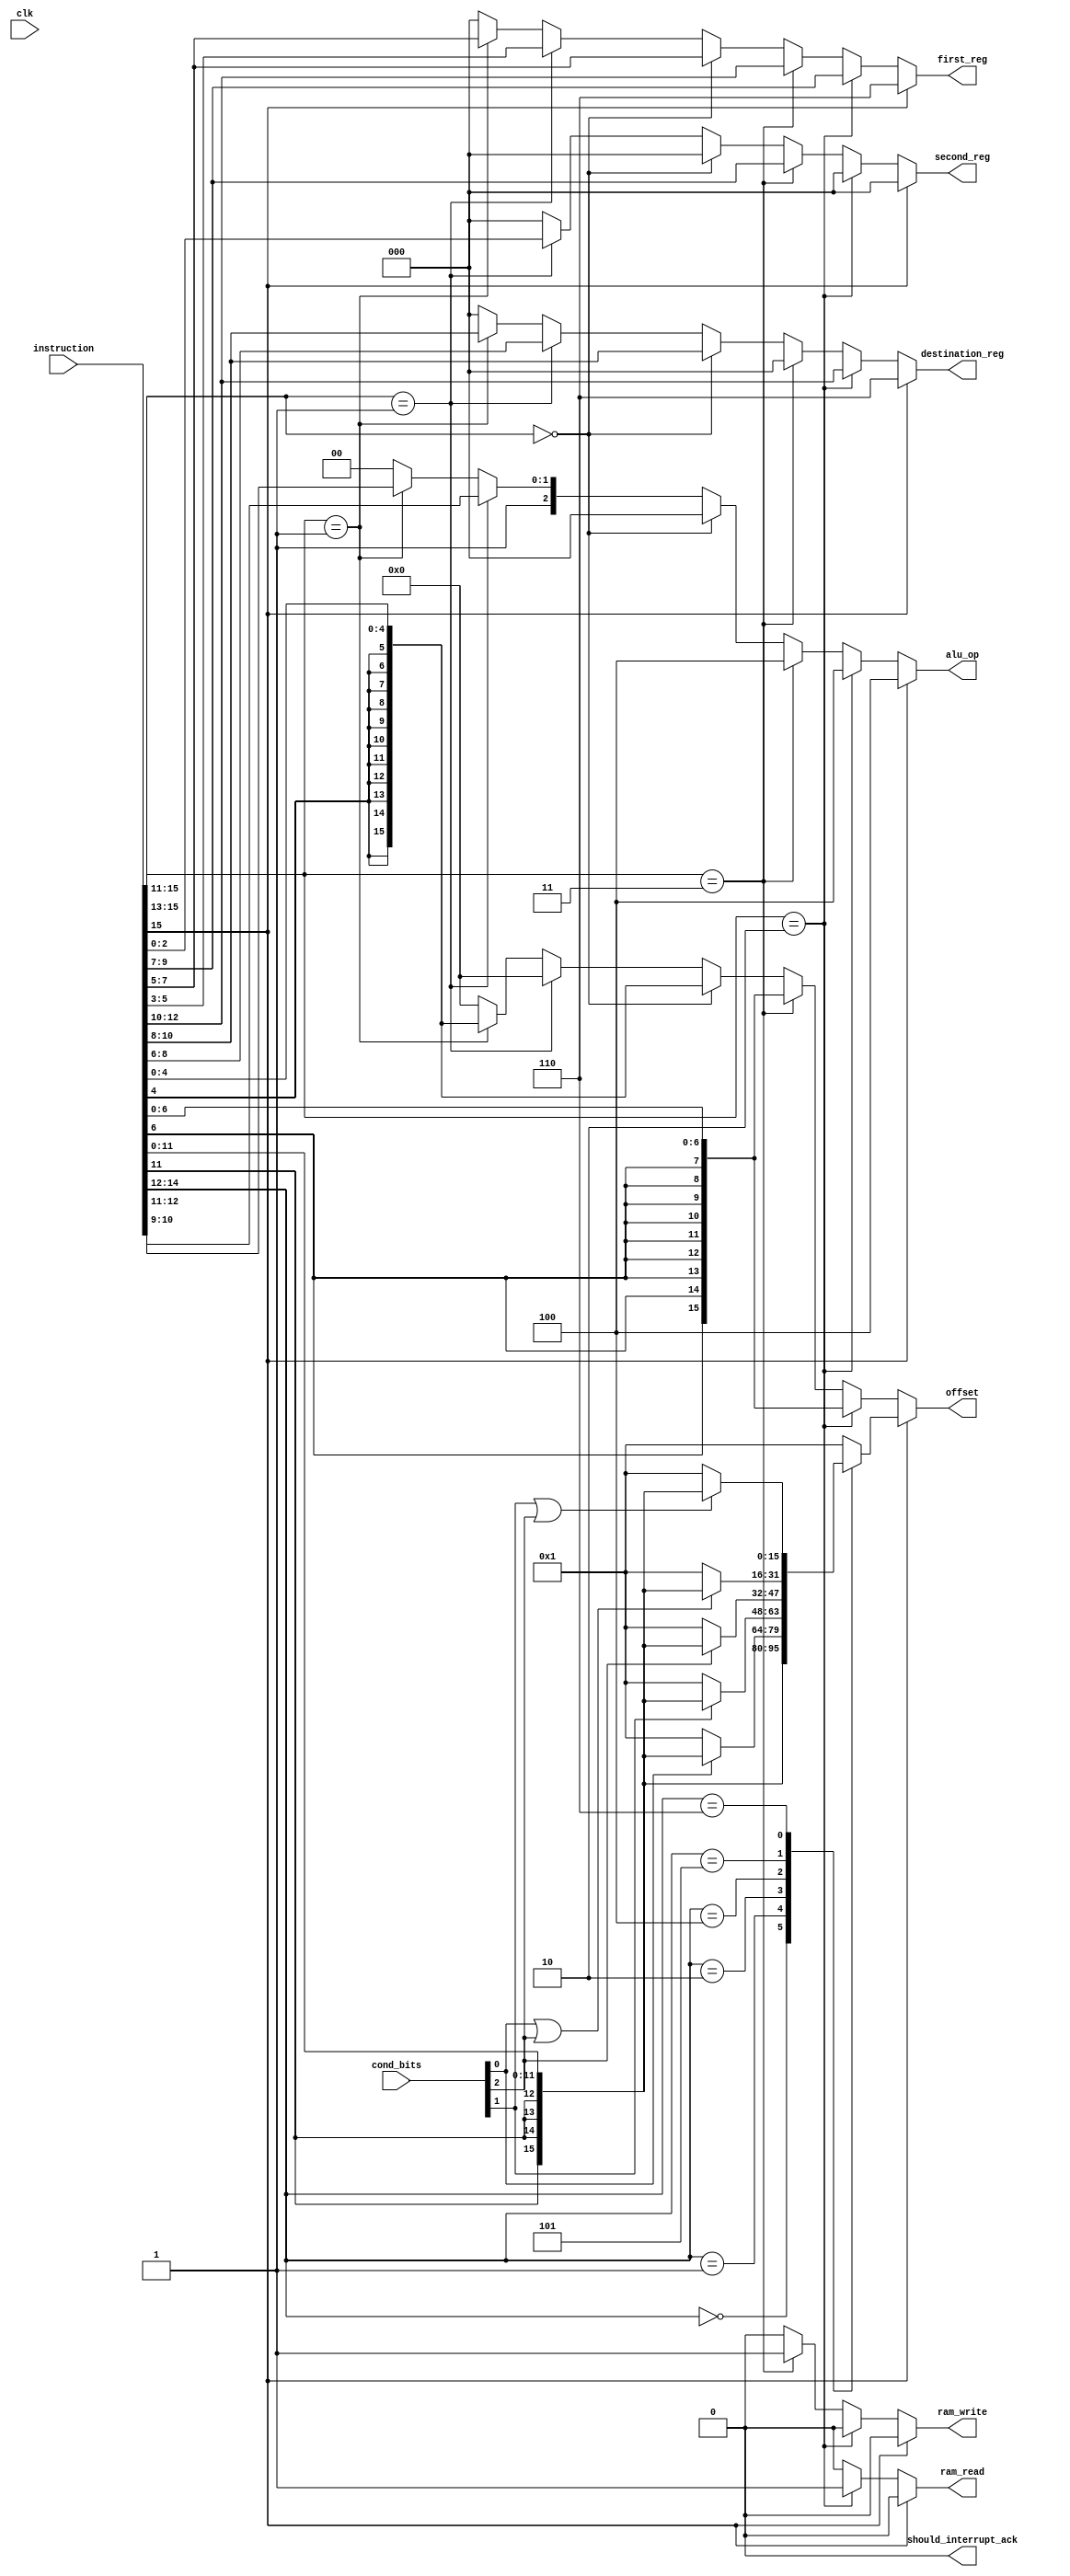
`timescale 1ns/1ps
module decoder(
	clk,
	instruction,
	cond_bits,
	destination_reg,
	first_reg,
	second_reg,
	offset,
	alu_op,
	ram_read,
	ram_write,
	should_interrupt_ack
);

input clk;
input [15:0] instruction;
input [2:0] cond_bits;
output reg [2:0] destination_reg = 0;
output reg [2:0] first_reg = 0;
output reg [2:0] second_reg = 0;
output reg [15:0] offset = 0;
output reg [2:0] alu_op = 0;
output reg ram_read = 0;
output reg ram_write = 0;
output reg should_interrupt_ack = 0;

always @(instruction)
begin
	if (instruction[15])
	begin
		// Branch
		destination_reg <= 6; // PC
		first_reg <= 6; // PC
		second_reg <= 0; // R0
		ram_read <= 0;
		ram_write <= 0;
		should_interrupt_ack <= 0;
		alu_op <= 3'b100; // Add
		case (instruction[14:12])
		3'b000:	begin
			// Branch Unconditional
			offset <= {{4{instruction[11]}}, instruction[11:0]};
		end
		3'b001:	begin
			// Branch Less Than
			if (cond_bits[0])
				offset <= {{4{instruction[11]}}, instruction[11:0]};
			else
				offset <= 1;
		end
		3'b010:	begin
			// Branch Greater Than
			if (cond_bits[1])
				offset <= {{4{instruction[11]}}, instruction[11:0]};
			else
				offset <= 1;
		end
		3'b100:	begin
			// Branch Zero
			if (cond_bits[2])
				offset <= {{4{instruction[11]}}, instruction[11:0]};
			else
				offset <= 1;
		end
		3'b101:	begin
			// Branch Less Or Equal
			if (cond_bits[0] || cond_bits[2])
				offset <= {{4{instruction[11]}}, instruction[11:0]};
			else
				offset <= 1;
		end
		3'b110:	begin
			// Branch Greater Or Equal
			if (cond_bits[1] || cond_bits[2])
				offset <= {{4{instruction[11]}}, instruction[11:0]};
			else
				offset <= 1;
		end
		default:	offset <= 1;
		endcase
	end
	else if (instruction[15:13] == 3'b010)
	begin
		// Load
		destination_reg <= instruction[12:10];
		first_reg <= instruction[9:7];
		second_reg <= 0; // R0
		offset <= {{9{instruction[6]}}, instruction[6:0]};
		ram_read <= 1;
		ram_write <= 0;
		should_interrupt_ack <= 0;
		alu_op <= 3'b100; // Add
	end
	else if (instruction[15:13] == 3'b011)
	begin
		// Store
		destination_reg <= 0; // R0
		first_reg <= instruction[12:10];
		second_reg <= instruction[9:7];
		offset <= {{9{instruction[6]}}, instruction[6:0]};
		ram_read <= 0;
		ram_write <= 1;
		should_interrupt_ack <= 0;
		alu_op <= 3'b100; // Add
	end
	else if (instruction[15:11] == 5'b0)
	begin
		// Shift
		destination_reg <= instruction[10:8];
		first_reg <= instruction[7:5];
		second_reg <= 0; // R0
		offset <= {{11{instruction[4]}}, instruction[4:0]};
		alu_op <= 3'b000; // Shift
		ram_read <= 0;
		ram_write <= 0;
		should_interrupt_ack <= 0;
	end
	else if (instruction[15:11] == 5'b00001)
	begin
		// ALU, two regs
		destination_reg <= instruction[8:6];
		first_reg <= instruction[5:3];
		second_reg <= instruction[2:0];
		offset <= 0;
		alu_op <= {1'b1, instruction[10:9]};
		ram_read <= 0;
		ram_write <= 0;
		should_interrupt_ack <= 0;
	end
	else if (instruction[15:13] == 3'b001)
	begin
		// ALU, reg + offset
		destination_reg <= instruction[10:8];
		first_reg <= instruction[7:5];
		second_reg <= 0; // R0
		offset <= {{11{instruction[4]}}, instruction[4:0]};
		alu_op <= {1'b1, instruction[12:11]};
		ram_read <= 0;
		ram_write <= 0;
		should_interrupt_ack <= 0;
	end
/*	else if (instruction == 16'h0001)
	begin
		// End interrupt processing
		destination_reg <= 0; // R0
		first_reg <= 0; // R0
		second_reg <= 0; // R0
		offset <= 0;
		alu_op <= 3'b100;
		ram_read <= 0;
		ram_write <= 0;
		should_interrupt_ack <= 1;
	end*/
	else
	begin
		// Default is no-op
		destination_reg <= 0; // R0
		first_reg <= 0; // R0
		second_reg <= 0; // R0
		offset <= 0;
		alu_op <= 3'b100;
		ram_read <= 0;
		ram_write <= 0;
	end
end

endmodule